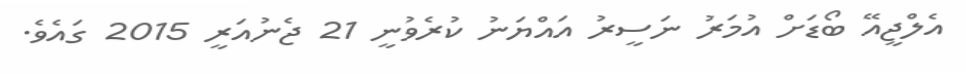
އެލްޖީއޭ ބޯޑަށް އުމަރު ނަސީރު އައްޔަނު ކުރެވުނީ 21 ޖެނުއަރީ 2015 ގައެވެ.